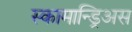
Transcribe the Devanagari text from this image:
स्कामान्ड्रिअस